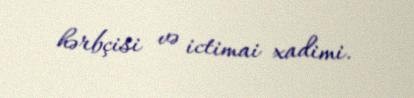
hərbçisi və ictimai xadimi.